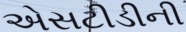
એસટીડીની